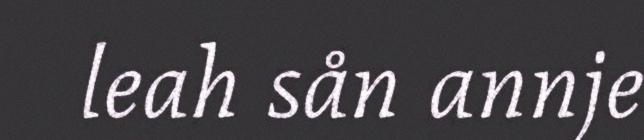
leah sån annje